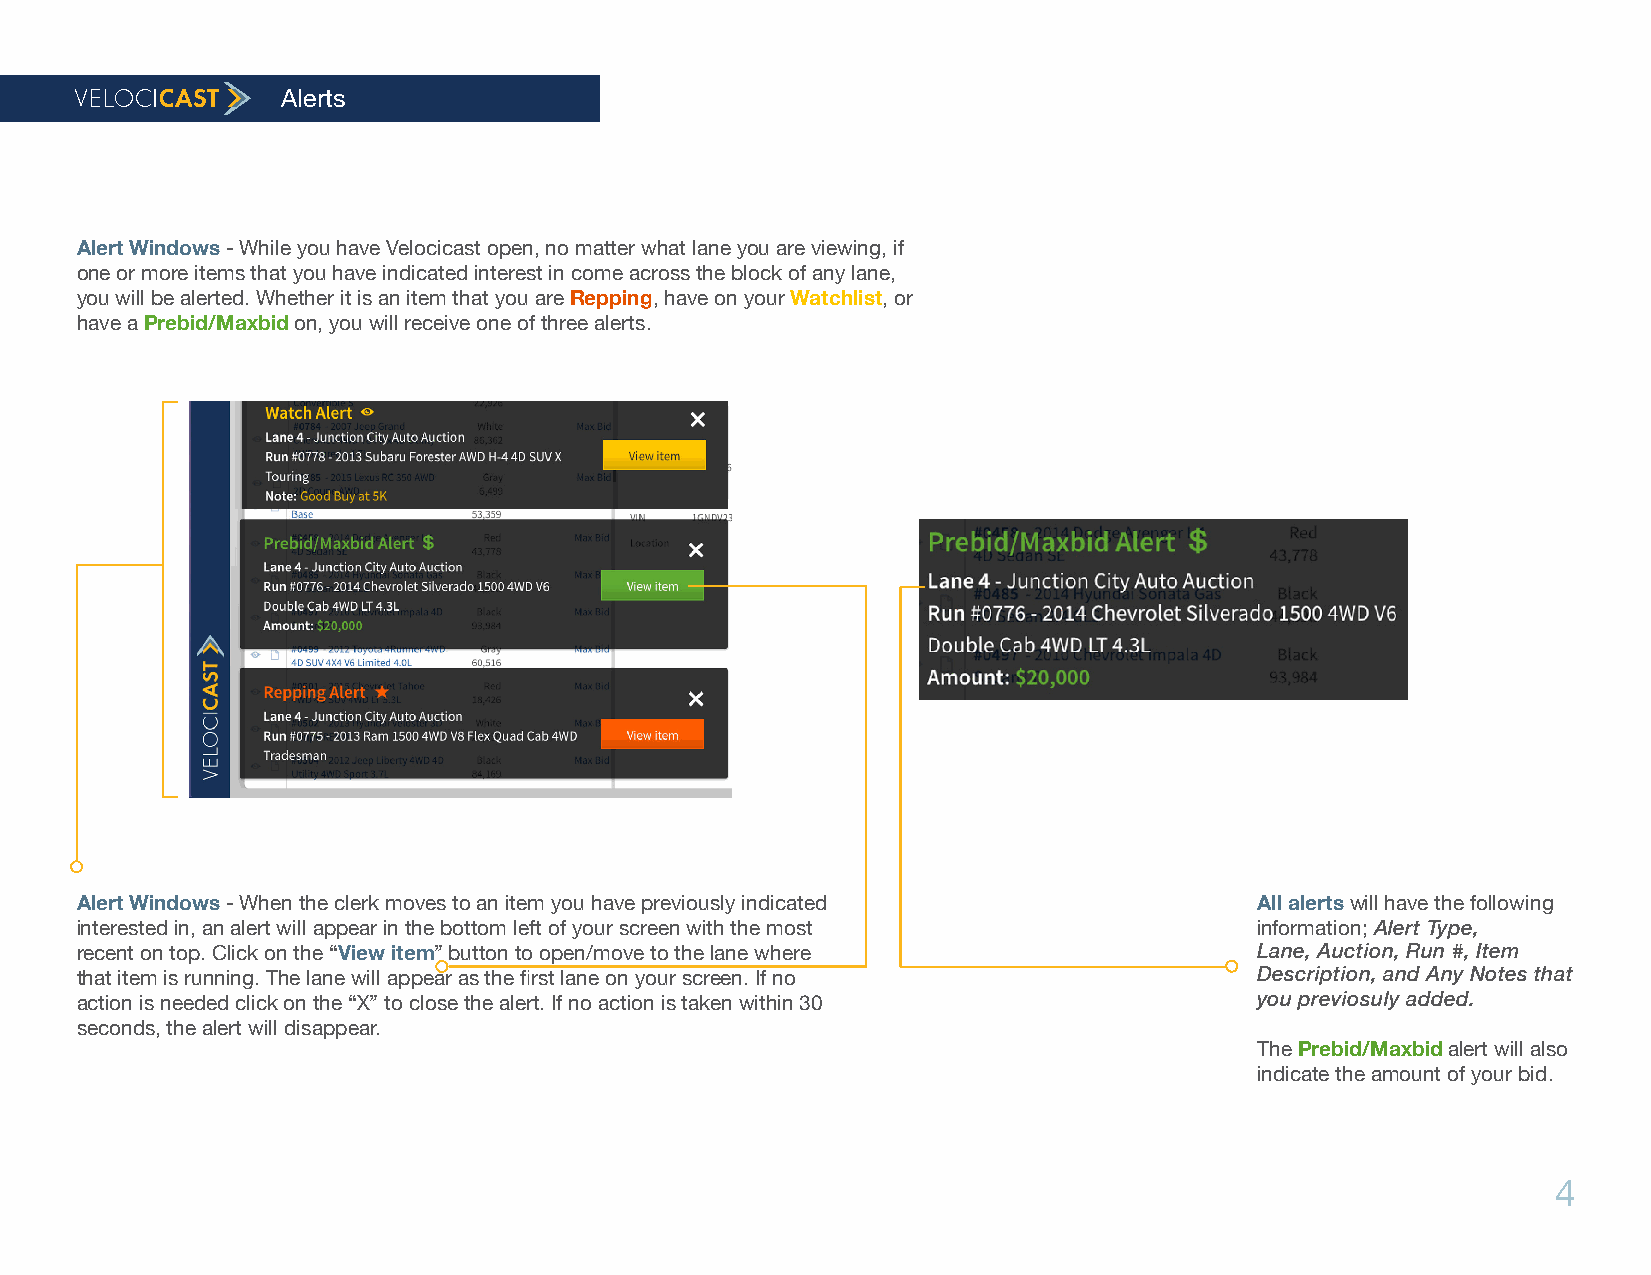
Alerts
 Alert Windows - While you have Velocicast open, no matter what lane you are viewing, if
 one or more items that you have indicated interest in come across the block of any lane,
 you will be alerted. Whether it is an item that you are Repping, have on your Watchlist, or
 have a Prebid/Maxbid on, you will receive one of three alerts.
 Alert Windows - When the clerk moves to an item you have previously indicated All alerts will have the following
 interested in, an alert will appear in the bottom left of your screen with the most information; Alert Type,
 recent on top. Click on the “View item” button to open/move to the lane where Lane, Auction, Run #, Item
 Description, and Any Notes that
 that item is running. The lane will appear as the first lane on your screen. If no
 action is needed click on the “X” to close the alert. If no action is taken within 30
 you previosuly added.
 seconds, the alert will disappear.
 The Prebid/Maxbid alert will also
 indicate the amount of your bid.
 4